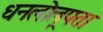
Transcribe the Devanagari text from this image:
धनलोलूपता